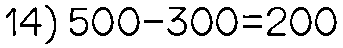
14) 500-300=200